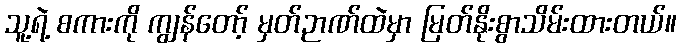
သူ့ရဲ့ စကားကို ကျွန်တော့် မှတ်ဉာဏ်ထဲမှာ မြတ်နိုးစွာသိမ်းထားတယ်။